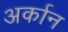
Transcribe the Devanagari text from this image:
अर्कान